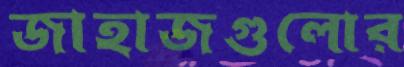
জাহাজগুলোর